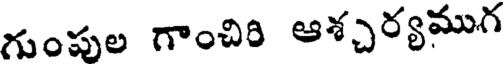
గుంపుల గాంచిరి ఆశ్చర్యముగ